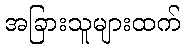
အခြားသူများထက်